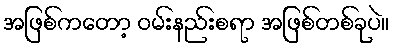
အဖြစ်ကတော့ ဝမ်းနည်းစရာ အဖြစ်တစ်ခုပဲ။